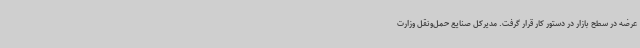
عرضه در سطح بازار در دستور کار قرار گرفت. مدیرکل صنایع حمل‌ونقل وزارت